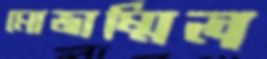
মোজাম্মিল